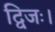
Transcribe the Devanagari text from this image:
द्विजः।